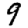
Digit: 9